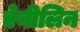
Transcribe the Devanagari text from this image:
ऐनीलिन